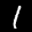
Label: 1